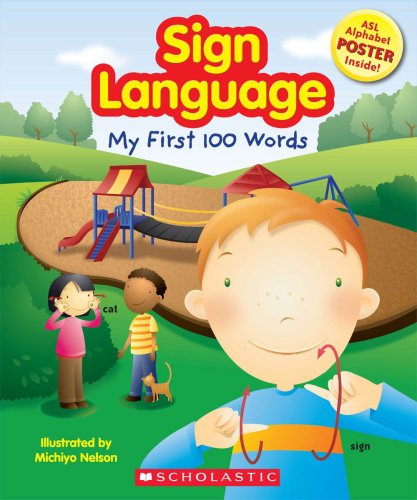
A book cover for Sign Language: My First 100 Words; Reference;